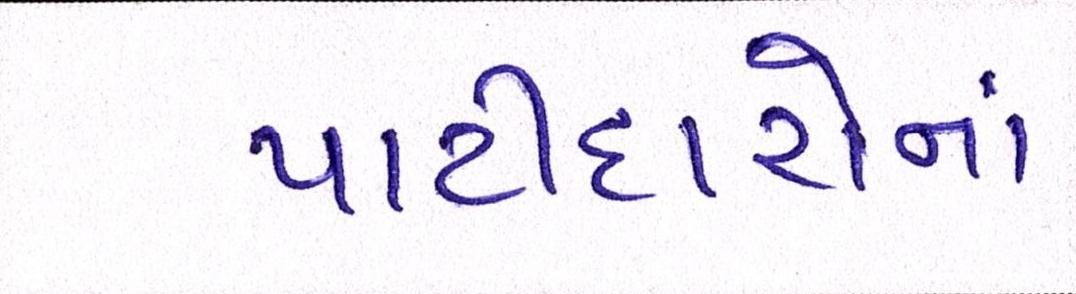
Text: પાટીદારોનાં